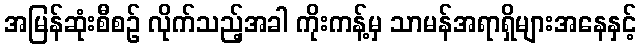
အမြန်ဆုံးစီစဉ် လိုက်သည့်အခါ ကိုးကန့်မှ သာမန်အရာရှိများအနေနှင့်